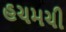
હચમચી